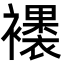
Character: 䙨